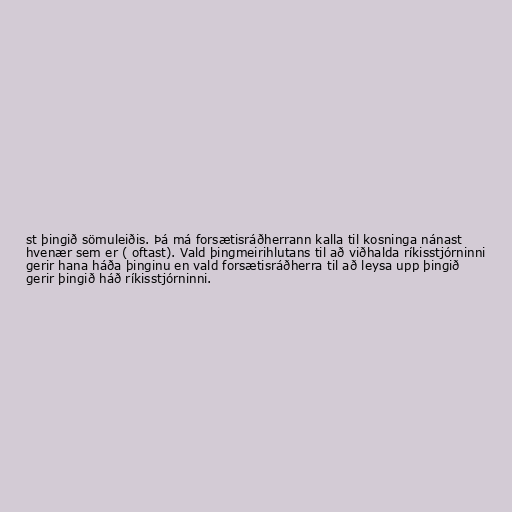
st þingið sömuleiðis. Þá má forsætisráðherrann kalla til kosninga nánast
hvenær sem er ( oftast). Vald þingmeirihlutans til að viðhalda ríkisstjórninni
gerir hana háða þinginu en vald forsætisráðherra til að leysa upp þingið
gerir þingið háð ríkisstjórninni.